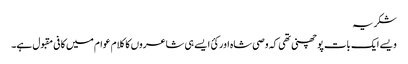
شکریہ
ویسے ایک بات پو چھنی تھی کہ وصی شاہ اور کئ ایسے ہی شاعروں کا کلام عوام میں کافی مقبول ہے۔